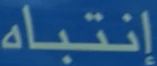
إنتباه